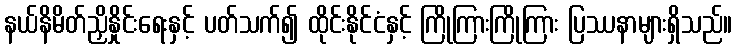
နယ်နိမိတ်ညှိနှိုင်းရေးနှင့် ပတ်သက်၍ ထိုင်းနိုင်ငံနှင့် ကြိုကြားကြိုကြား ပြဿနာများရှိသည်။